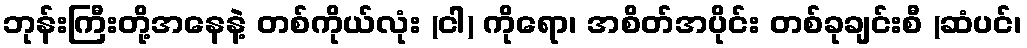
ဘုန်းကြီးတို့အနေနဲ့ တစ်ကိုယ်လုံး (ငါ) ကိုရော၊ အစိတ်အပိုင်း တစ်ခုချင်းစီ (ဆံပင်၊